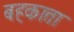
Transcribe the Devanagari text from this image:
बहकाता